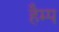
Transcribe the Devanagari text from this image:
हैम्प